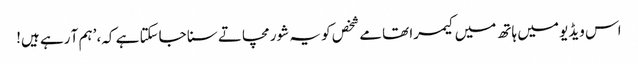
اس ویڈیو میں ہاتھ میں کیمرا تھامے شخص کو یہ شور مچاتے سنا جاسکتا ہے کہ، ’ہم آ رہے ہیں!